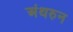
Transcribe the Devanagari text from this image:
अंथरुन